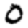
Digit: 0